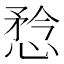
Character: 㥤